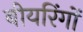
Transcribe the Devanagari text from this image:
बीयरिंगों